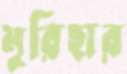
মুরিহার